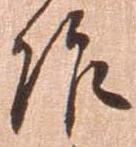
作